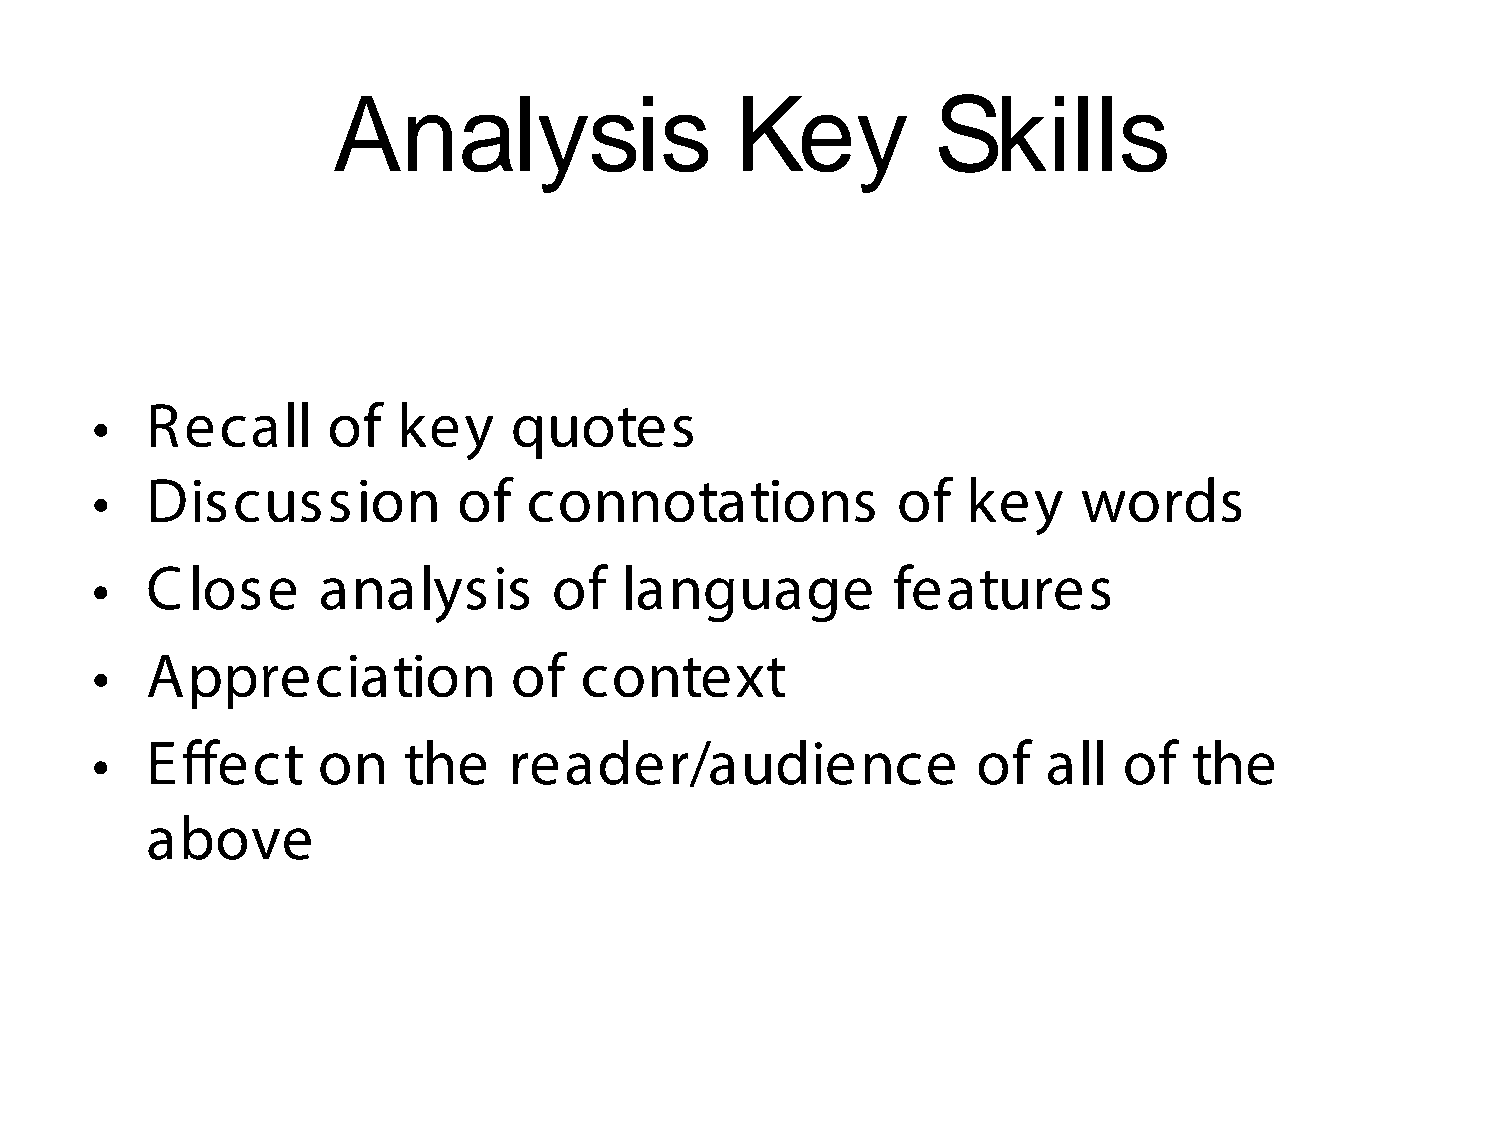
Analysis                   Key          Skills
 •   Recall      of  key     quotes
 •   Discussion          of   connotations            of   key     words
 •   Close      analysis        of  language          features
 •   Appreciation            of  context
 •   Effect     on    the    reader/audience                of  all  of   the
 above